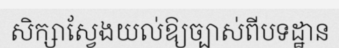
សិក្សាស្វែងយល់ឱ្យច្បាស់ពីបទដ្ឋាន